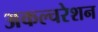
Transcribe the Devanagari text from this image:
अकल्चरेशन